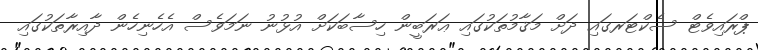
ޕްރައިވެޓް ސެކްޓަރގައި ދަށް މަޤާމުތަކުގައި ޢަރަބީން ހިސާބަކަށް އުޅުނު ނަމަވެސް އެހެނިހެން ދާއިރާތަކުގައި